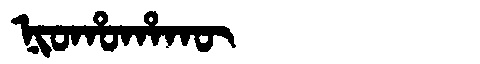
Manchu: ᠨᡳᠣᡥᠣᡥᠠᡴᡡ
Romanization: NIOHOHAKŪ